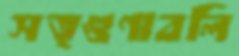
সত্গুণাবলি